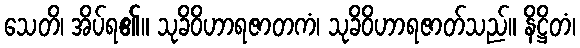
သေတိ၊ အိပ်ရ၏။ သုခိဝိဟာရဇာတကံ၊ သုခိဝိဟာရဇာတ်သည်။ နိဋ္ဌိတံ၊